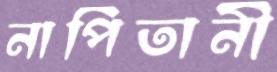
নাপিতানী